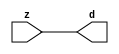

//------> ./rtl_mgc_ioport.v 
//------------------------------------------------------------------
//                M G C _ I O P O R T _ C O M P S
//------------------------------------------------------------------

//------------------------------------------------------------------
//                       M O D U L E S
//------------------------------------------------------------------

//------------------------------------------------------------------
//-- INPUT ENTITIES
//------------------------------------------------------------------

module mgc_in_wire (d, z);

  parameter integer rscid = 1;
  parameter integer width = 8;

  output [width-1:0] d;
  input  [width-1:0] z;

  wire   [width-1:0] d;

  assign d = z;

endmodule

//------------------------------------------------------------------

module mgc_in_wire_en (ld, d, lz, z);

  parameter integer rscid = 1;
  parameter integer width = 8;

  input              ld;
  output [width-1:0] d;
  output             lz;
  input  [width-1:0] z;

  wire   [width-1:0] d;
  wire               lz;

  assign d = z;
  assign lz = ld;

endmodule

//------------------------------------------------------------------

module mgc_in_wire_wait (ld, vd, d, lz, vz, z);

  parameter integer rscid = 1;
  parameter integer width = 8;

  input              ld;
  output             vd;
  output [width-1:0] d;
  output             lz;
  input              vz;
  input  [width-1:0] z;

  wire               vd;
  wire   [width-1:0] d;
  wire               lz;

  assign d = z;
  assign lz = ld;
  assign vd = vz;

endmodule
//------------------------------------------------------------------

module mgc_chan_in (ld, vd, d, lz, vz, z, size, req_size, sizez, sizelz);

  parameter integer rscid = 1;
  parameter integer width = 8;
  parameter integer sz_width = 8;

  input              ld;
  output             vd;
  output [width-1:0] d;
  output             lz;
  input              vz;
  input  [width-1:0] z;
  output [sz_width-1:0] size;
  input              req_size;
  input  [sz_width-1:0] sizez;
  output             sizelz;


  wire               vd;
  wire   [width-1:0] d;
  wire               lz;
  wire   [sz_width-1:0] size;
  wire               sizelz;

  assign d = z;
  assign lz = ld;
  assign vd = vz;
  assign size = sizez;
  assign sizelz = req_size;

endmodule


//------------------------------------------------------------------
//-- OUTPUT ENTITIES
//------------------------------------------------------------------

module mgc_out_stdreg (d, z);

  parameter integer rscid = 1;
  parameter integer width = 8;

  input    [width-1:0] d;
  output   [width-1:0] z;

  wire     [width-1:0] z;

  assign z = d;

endmodule

//------------------------------------------------------------------

module mgc_out_stdreg_en (ld, d, lz, z);

  parameter integer rscid = 1;
  parameter integer width = 8;

  input              ld;
  input  [width-1:0] d;
  output             lz;
  output [width-1:0] z;

  wire               lz;
  wire   [width-1:0] z;

  assign z = d;
  assign lz = ld;

endmodule

//------------------------------------------------------------------

module mgc_out_stdreg_wait (ld, vd, d, lz, vz, z);

  parameter integer rscid = 1;
  parameter integer width = 8;

  input              ld;
  output             vd;
  input  [width-1:0] d;
  output             lz;
  input              vz;
  output [width-1:0] z;

  wire               vd;
  wire               lz;
  wire   [width-1:0] z;

  assign z = d;
  assign lz = ld;
  assign vd = vz;

endmodule

//------------------------------------------------------------------

module mgc_out_prereg_en (ld, d, lz, z);

    parameter integer rscid = 1;
    parameter integer width = 8;

    input              ld;
    input  [width-1:0] d;
    output             lz;
    output [width-1:0] z;

    wire               lz;
    wire   [width-1:0] z;

    assign z = d;
    assign lz = ld;

endmodule

//------------------------------------------------------------------
//-- INOUT ENTITIES
//------------------------------------------------------------------

module mgc_inout_stdreg_en (ldin, din, ldout, dout, lzin, lzout, z);

    parameter integer rscid = 1;
    parameter integer width = 8;

    input              ldin;
    output [width-1:0] din;
    input              ldout;
    input  [width-1:0] dout;
    output             lzin;
    output             lzout;
    inout  [width-1:0] z;

    wire   [width-1:0] din;
    wire               lzin;
    wire               lzout;
    wire   [width-1:0] z;

    assign lzin = ldin;
    assign din = ldin ? z : {width{1'bz}};
    assign lzout = ldout;
    assign z = ldout ? dout : {width{1'bz}};

endmodule

//------------------------------------------------------------------
module hid_tribuf( I_SIG, ENABLE, O_SIG);
  parameter integer width = 8;

  input [width-1:0] I_SIG;
  input ENABLE;
  inout [width-1:0] O_SIG;

  assign O_SIG = (ENABLE) ? I_SIG : { width{1'bz}};

endmodule
//------------------------------------------------------------------

module mgc_inout_stdreg_wait (ldin, vdin, din, ldout, vdout, dout, lzin, vzin, lzout, vzout, z);

    parameter integer rscid = 1;
    parameter integer width = 8;

    input              ldin;
    output             vdin;
    output [width-1:0] din;
    input              ldout;
    output             vdout;
    input  [width-1:0] dout;
    output             lzin;
    input              vzin;
    output             lzout;
    input              vzout;
    inout  [width-1:0] z;

    wire               vdin;
    wire   [width-1:0] din;
    wire               vdout;
    wire               lzin;
    wire               lzout;
    wire   [width-1:0] z;
    wire   ldout_and_vzout;

    assign lzin = ldin;
    assign vdin = vzin;
    assign din = ldin ? z : {width{1'bz}};
    assign lzout = ldout;
    assign vdout = vzout ;
    assign ldout_and_vzout = ldout && vzout ;

    hid_tribuf #(width) tb( .I_SIG(dout),
                            .ENABLE(ldout_and_vzout),
                            .O_SIG(z) );

endmodule

//------------------------------------------------------------------

module mgc_inout_buf_wait (clk, en, arst, srst, ldin, vdin, din, ldout, vdout, dout, lzin, vzin, lzout, vzout, z);

    parameter integer rscid   = 0; // resource ID
    parameter integer width   = 8; // fifo width
    parameter         ph_clk  =  1'b1; // clock polarity 1=rising edge, 0=falling edge
    parameter         ph_en   =  1'b1; // clock enable polarity
    parameter         ph_arst =  1'b1; // async reset polarity
    parameter         ph_srst =  1'b1; // sync reset polarity

    input              clk;
    input              en;
    input              arst;
    input              srst;
    input              ldin;
    output             vdin;
    output [width-1:0] din;
    input              ldout;
    output             vdout;
    input  [width-1:0] dout;
    output             lzin;
    input              vzin;
    output             lzout;
    input              vzout;
    inout  [width-1:0] z;

    wire               lzout_buf;
    wire               vzout_buf;
    wire   [width-1:0] z_buf;
    wire               vdin;
    wire   [width-1:0] din;
    wire               vdout;
    wire               lzin;
    wire               lzout;
    wire   [width-1:0] z;

    assign lzin = ldin;
    assign vdin = vzin;
    assign din = ldin ? z : {width{1'bz}};
    assign lzout = lzout_buf & ~ldin;
    assign vzout_buf = vzout & ~ldin;
    hid_tribuf #(width) tb( .I_SIG(z_buf),
                            .ENABLE((lzout_buf && (!ldin) && vzout) ),
                            .O_SIG(z)  );

    mgc_out_buf_wait
    #(
        .rscid   (rscid),
        .width   (width),
        .ph_clk  (ph_clk),
        .ph_en   (ph_en),
        .ph_arst (ph_arst),
        .ph_srst (ph_srst)
    )
    BUFF
    (
        .clk     (clk),
        .en      (en),
        .arst    (arst),
        .srst    (srst),
        .ld      (ldout),
        .vd      (vdout),
        .d       (dout),
        .lz      (lzout_buf),
        .vz      (vzout_buf),
        .z       (z_buf)
    );


endmodule

module mgc_inout_fifo_wait (clk, en, arst, srst, ldin, vdin, din, ldout, vdout, dout, lzin, vzin, lzout, vzout, z);

    parameter integer rscid   = 0; // resource ID
    parameter integer width   = 8; // fifo width
    parameter integer fifo_sz = 8; // fifo depth
    parameter         ph_clk  = 1'b1;  // clock polarity 1=rising edge, 0=falling edge
    parameter         ph_en   = 1'b1;  // clock enable polarity
    parameter         ph_arst = 1'b1;  // async reset polarity
    parameter         ph_srst = 1'b1;  // sync reset polarity
    parameter integer ph_log2 = 3;     // log2(fifo_sz)
    parameter integer pwropt  = 0;     // pwropt

    input              clk;
    input              en;
    input              arst;
    input              srst;
    input              ldin;
    output             vdin;
    output [width-1:0] din;
    input              ldout;
    output             vdout;
    input  [width-1:0] dout;
    output             lzin;
    input              vzin;
    output             lzout;
    input              vzout;
    inout  [width-1:0] z;

    wire               lzout_buf;
    wire               vzout_buf;
    wire   [width-1:0] z_buf;
    wire               comb;
    wire               vdin;
    wire   [width-1:0] din;
    wire               vdout;
    wire               lzin;
    wire               lzout;
    wire   [width-1:0] z;

    assign lzin = ldin;
    assign vdin = vzin;
    assign din = ldin ? z : {width{1'bz}};
    assign lzout = lzout_buf & ~ldin;
    assign vzout_buf = vzout & ~ldin;
    assign comb = (lzout_buf && (!ldin) && vzout);

    hid_tribuf #(width) tb2( .I_SIG(z_buf), .ENABLE(comb), .O_SIG(z)  );

    mgc_out_fifo_wait
    #(
        .rscid   (rscid),
        .width   (width),
        .fifo_sz (fifo_sz),
        .ph_clk  (ph_clk),
        .ph_en   (ph_en),
        .ph_arst (ph_arst),
        .ph_srst (ph_srst),
        .ph_log2 (ph_log2),
        .pwropt  (pwropt)
    )
    FIFO
    (
        .clk   (clk),
        .en      (en),
        .arst    (arst),
        .srst    (srst),
        .ld      (ldout),
        .vd      (vdout),
        .d       (dout),
        .lz      (lzout_buf),
        .vz      (vzout_buf),
        .z       (z_buf)
    );

endmodule

//------------------------------------------------------------------
//-- I/O SYNCHRONIZATION ENTITIES
//------------------------------------------------------------------

module mgc_io_sync (ld, lz);

    input  ld;
    output lz;

    assign lz = ld;

endmodule

module mgc_bsync_rdy (rd, rz);

    parameter integer rscid   = 0; // resource ID
    parameter ready = 1;
    parameter valid = 0;

    input  rd;
    output rz;

    wire   rz;

    assign rz = rd;

endmodule

module mgc_bsync_vld (vd, vz);

    parameter integer rscid   = 0; // resource ID
    parameter ready = 0;
    parameter valid = 1;

    output vd;
    input  vz;

    wire   vd;

    assign vd = vz;

endmodule

module mgc_bsync_rv (rd, vd, rz, vz);

    parameter integer rscid   = 0; // resource ID
    parameter ready = 1;
    parameter valid = 1;

    input  rd;
    output vd;
    output rz;
    input  vz;

    wire   vd;
    wire   rz;

    assign rz = rd;
    assign vd = vz;

endmodule

//------------------------------------------------------------------

module mgc_sync (ldin, vdin, ldout, vdout);

  input  ldin;
  output vdin;
  input  ldout;
  output vdout;

  wire   vdin;
  wire   vdout;

  assign vdin = ldout;
  assign vdout = ldin;

endmodule

///////////////////////////////////////////////////////////////////////////////
// dummy function used to preserve funccalls for modulario
// it looks like a memory read to the caller
///////////////////////////////////////////////////////////////////////////////
module funccall_inout (d, ad, bd, z, az, bz);

  parameter integer ram_id = 1;
  parameter integer width = 8;
  parameter integer addr_width = 8;

  output [width-1:0]       d;
  input  [addr_width-1:0]  ad;
  input                    bd;
  input  [width-1:0]       z;
  output [addr_width-1:0]  az;
  output                   bz;

  wire   [width-1:0]       d;
  wire   [addr_width-1:0]  az;
  wire                     bz;

  assign d  = z;
  assign az = ad;
  assign bz = bd;

endmodule


///////////////////////////////////////////////////////////////////////////////
// inlinable modular io not otherwise found in mgc_ioport
///////////////////////////////////////////////////////////////////////////////

module modulario_en_in (vd, d, vz, z);

  parameter integer rscid = 1;
  parameter integer width = 8;

  output             vd;
  output [width-1:0] d;
  input              vz;
  input  [width-1:0] z;

  wire   [width-1:0] d;
  wire               vd;

  assign d = z;
  assign vd = vz;

endmodule

//------> ./rtl_mgc_ioport_v2001.v 
//------------------------------------------------------------------

module mgc_out_reg_pos (clk, en, arst, srst, ld, d, lz, z);

    parameter integer rscid   = 1;
    parameter integer width   = 8;
    parameter         ph_en   =  1'b1;
    parameter         ph_arst =  1'b1;
    parameter         ph_srst =  1'b1;

    input              clk;
    input              en;
    input              arst;
    input              srst;
    input              ld;
    input  [width-1:0] d;
    output             lz;
    output [width-1:0] z;

    reg                lz;
    reg    [width-1:0] z;

    generate
    if (ph_arst == 1'b0)
    begin: NEG_ARST
        always @(posedge clk or negedge arst)
        if (arst == 1'b0)
        begin: B1
            lz <= 1'b0;
            z  <= {width{1'b0}};
        end
        else if (srst == ph_srst)
        begin: B2
            lz <= 1'b0;
            z  <= {width{1'b0}};
        end
        else if (en == ph_en)
        begin: B3
            lz <= ld;
            z  <= (ld) ? d : z;
        end
    end
    else
    begin: POS_ARST
        always @(posedge clk or posedge arst)
        if (arst == 1'b1)
        begin: B1
            lz <= 1'b0;
            z  <= {width{1'b0}};
        end
        else if (srst == ph_srst)
        begin: B2
            lz <= 1'b0;
            z  <= {width{1'b0}};
        end
        else if (en == ph_en)
        begin: B3
            lz <= ld;
            z  <= (ld) ? d : z;
        end
    end
    endgenerate

endmodule

//------------------------------------------------------------------

module mgc_out_reg_neg (clk, en, arst, srst, ld, d, lz, z);

    parameter integer rscid   = 1;
    parameter integer width   = 8;
    parameter         ph_en   =  1'b1;
    parameter         ph_arst =  1'b1;
    parameter         ph_srst =  1'b1;

    input              clk;
    input              en;
    input              arst;
    input              srst;
    input              ld;
    input  [width-1:0] d;
    output             lz;
    output [width-1:0] z;

    reg                lz;
    reg    [width-1:0] z;

    generate
    if (ph_arst == 1'b0)
    begin: NEG_ARST
        always @(negedge clk or negedge arst)
        if (arst == 1'b0)
        begin: B1
            lz <= 1'b0;
            z  <= {width{1'b0}};
        end
        else if (srst == ph_srst)
        begin: B2
            lz <= 1'b0;
            z  <= {width{1'b0}};
        end
        else if (en == ph_en)
        begin: B3
            lz <= ld;
            z  <= (ld) ? d : z;
        end
    end
    else
    begin: POS_ARST
        always @(negedge clk or posedge arst)
        if (arst == 1'b1)
        begin: B1
            lz <= 1'b0;
            z  <= {width{1'b0}};
        end
        else if (srst == ph_srst)
        begin: B2
            lz <= 1'b0;
            z  <= {width{1'b0}};
        end
        else if (en == ph_en)
        begin: B3
            lz <= ld;
            z  <= (ld) ? d : z;
        end
    end
    endgenerate

endmodule

//------------------------------------------------------------------

module mgc_out_reg (clk, en, arst, srst, ld, d, lz, z); // Not Supported

    parameter integer rscid   = 1;
    parameter integer width   = 8;
    parameter         ph_clk  =  1'b1;
    parameter         ph_en   =  1'b1;
    parameter         ph_arst =  1'b1;
    parameter         ph_srst =  1'b1;

    input              clk;
    input              en;
    input              arst;
    input              srst;
    input              ld;
    input  [width-1:0] d;
    output             lz;
    output [width-1:0] z;


    generate
    if (ph_clk == 1'b0)
    begin: NEG_EDGE

        mgc_out_reg_neg
        #(
            .rscid   (rscid),
            .width   (width),
            .ph_en   (ph_en),
            .ph_arst (ph_arst),
            .ph_srst (ph_srst)
        )
        mgc_out_reg_neg_inst
        (
            .clk     (clk),
            .en      (en),
            .arst    (arst),
            .srst    (srst),
            .ld      (ld),
            .d       (d),
            .lz      (lz),
            .z       (z)
        );

    end
    else
    begin: POS_EDGE

        mgc_out_reg_pos
        #(
            .rscid   (rscid),
            .width   (width),
            .ph_en   (ph_en),
            .ph_arst (ph_arst),
            .ph_srst (ph_srst)
        )
        mgc_out_reg_pos_inst
        (
            .clk     (clk),
            .en      (en),
            .arst    (arst),
            .srst    (srst),
            .ld      (ld),
            .d       (d),
            .lz      (lz),
            .z       (z)
        );

    end
    endgenerate

endmodule




//------------------------------------------------------------------

module mgc_out_buf_wait (clk, en, arst, srst, ld, vd, d, vz, lz, z); // Not supported

    parameter integer rscid   = 1;
    parameter integer width   = 8;
    parameter         ph_clk  =  1'b1;
    parameter         ph_en   =  1'b1;
    parameter         ph_arst =  1'b1;
    parameter         ph_srst =  1'b1;

    input              clk;
    input              en;
    input              arst;
    input              srst;
    input              ld;
    output             vd;
    input  [width-1:0] d;
    output             lz;
    input              vz;
    output [width-1:0] z;

    wire               filled;
    wire               filled_next;
    wire   [width-1:0] abuf;
    wire               lbuf;


    assign filled_next = (filled & (~vz)) | (filled & ld) | (ld & (~vz));

    assign lbuf = ld & ~(filled ^ vz);

    assign vd = vz | ~filled;

    assign lz = ld | filled;

    assign z = (filled) ? abuf : d;

    wire dummy;
    wire dummy_bufreg_lz;

    // Output registers:
    mgc_out_reg
    #(
        .rscid   (rscid),
        .width   (1'b1),
        .ph_clk  (ph_clk),
        .ph_en   (ph_en),
        .ph_arst (ph_arst),
        .ph_srst (ph_srst)
    )
    STATREG
    (
        .clk     (clk),
        .en      (en),
        .arst    (arst),
        .srst    (srst),
        .ld      (filled_next),
        .d       (1'b0),       // input d is unused
        .lz      (filled),
        .z       (dummy)            // output z is unused
    );

    mgc_out_reg
    #(
        .rscid   (rscid),
        .width   (width),
        .ph_clk  (ph_clk),
        .ph_en   (ph_en),
        .ph_arst (ph_arst),
        .ph_srst (ph_srst)
    )
    BUFREG
    (
        .clk     (clk),
        .en      (en),
        .arst    (arst),
        .srst    (srst),
        .ld      (lbuf),
        .d       (d),
        .lz      (dummy_bufreg_lz),
        .z       (abuf)
    );

endmodule

//------------------------------------------------------------------

module mgc_out_fifo_wait (clk, en, arst, srst, ld, vd, d, lz, vz,  z);

    parameter integer rscid   = 0; // resource ID
    parameter integer width   = 8; // fifo width
    parameter integer fifo_sz = 8; // fifo depth
    parameter         ph_clk  = 1'b1; // clock polarity 1=rising edge, 0=falling edge
    parameter         ph_en   = 1'b1; // clock enable polarity
    parameter         ph_arst = 1'b1; // async reset polarity
    parameter         ph_srst = 1'b1; // sync reset polarity
    parameter integer ph_log2 = 3; // log2(fifo_sz)
    parameter integer pwropt  = 0; // pwropt


    input                 clk;
    input                 en;
    input                 arst;
    input                 srst;
    input                 ld;    // load data
    output                vd;    // fifo full active low
    input     [width-1:0] d;
    output                lz;    // fifo ready to send
    input                 vz;    // dest ready for data
    output    [width-1:0] z;

    wire    [31:0]      size;


      // Output registers:
 mgc_out_fifo_wait_core#(
        .rscid   (rscid),
        .width   (width),
        .sz_width (32),
        .fifo_sz (fifo_sz),
        .ph_clk  (ph_clk),
        .ph_en   (ph_en),
        .ph_arst (ph_arst),
        .ph_srst (ph_srst),
        .ph_log2 (ph_log2),
        .pwropt  (pwropt)
        ) CORE (
        .clk (clk),
        .en (en),
        .arst (arst),
        .srst (srst),
        .ld (ld),
        .vd (vd),
        .d (d),
        .lz (lz),
        .vz (vz),
        .z (z),
        .size (size)
        );

endmodule



module mgc_out_fifo_wait_core (clk, en, arst, srst, ld, vd, d, lz, vz,  z, size);

    parameter integer rscid   = 0; // resource ID
    parameter integer width   = 8; // fifo width
    parameter integer sz_width = 8; // size of port for elements in fifo
    parameter integer fifo_sz = 8; // fifo depth
    parameter         ph_clk  =  1'b1; // clock polarity 1=rising edge, 0=falling edge
    parameter         ph_en   =  1'b1; // clock enable polarity
    parameter         ph_arst =  1'b1; // async reset polarity
    parameter         ph_srst =  1'b1; // sync reset polarity
    parameter integer ph_log2 = 3; // log2(fifo_sz)
    parameter integer pwropt  = 0; // pwropt

   localparam integer  fifo_b = width * fifo_sz;

    input                 clk;
    input                 en;
    input                 arst;
    input                 srst;
    input                 ld;    // load data
    output                vd;    // fifo full active low
    input     [width-1:0] d;
    output                lz;    // fifo ready to send
    input                 vz;    // dest ready for data
    output    [width-1:0] z;
    output    [sz_width-1:0]      size;

    reg      [( (fifo_sz > 0) ? fifo_sz : 1)-1:0] stat_pre;
    wire     [( (fifo_sz > 0) ? fifo_sz : 1)-1:0] stat;
    reg      [( (fifo_b > 0) ? fifo_b : 1)-1:0] buff_pre;
    wire     [( (fifo_b > 0) ? fifo_b : 1)-1:0] buff;
    reg      [( (fifo_sz > 0) ? fifo_sz : 1)-1:0] en_l;
    reg      [(((fifo_sz > 0) ? fifo_sz : 1)-1)/8:0] en_l_s;

    reg       [width-1:0] buff_nxt;

    reg                   stat_nxt;
    reg                   stat_before;
    reg                   stat_after;
    reg                   en_l_var;

    integer               i;
    genvar                eni;

    wire [32:0]           size_t;
    reg [31:0]            count;
    reg [31:0]            count_t;
    reg [32:0]            n_elem;
// pragma translate_off
    reg [31:0]            peak;
// pragma translate_on

    wire [( (fifo_sz > 0) ? fifo_sz : 1)-1:0] dummy_statreg_lz;
    wire [( (fifo_b > 0) ? fifo_b : 1)-1:0] dummy_bufreg_lz;

    generate
    if ( fifo_sz > 0 )
    begin: FIFO_REG
      assign vd = vz | ~stat[0];
      assign lz = ld | stat[fifo_sz-1];
      assign size_t = (count - (vz && stat[fifo_sz-1])) + ld;
      assign size = size_t[sz_width-1:0];
      assign z = (stat[fifo_sz-1]) ? buff[fifo_b-1:width*(fifo_sz-1)] : d;

      always @(*)
      begin: FIFOPROC
        n_elem = 33'b0;
        for (i = fifo_sz-1; i >= 0; i = i - 1)
        begin
          if (i != 0)
            stat_before = stat[i-1];
          else
            stat_before = 1'b0;

          if (i != (fifo_sz-1))
            stat_after = stat[i+1];
          else
            stat_after = 1'b1;

          stat_nxt = stat_after &
                    (stat_before | (stat[i] & (~vz)) | (stat[i] & ld) | (ld & (~vz)));

          stat_pre[i] = stat_nxt;
          en_l_var = 1'b1;
          if (!stat_nxt)
            begin
              buff_nxt = {width{1'b0}};
              en_l_var = 1'b0;
            end
          else if (vz && stat_before)
            buff_nxt[0+:width] = buff[width*(i-1)+:width];
          else if (ld && !((vz && stat_before) || ((!vz) && stat[i])))
            buff_nxt = d;
          else
            begin
              if (pwropt == 0)
                buff_nxt[0+:width] = buff[width*i+:width];
              else
                buff_nxt = {width{1'b0}};
              en_l_var = 1'b0;
            end

          if (ph_en != 0)
            en_l[i] = en & en_l_var;
          else
            en_l[i] = en | ~en_l_var;

          buff_pre[width*i+:width] = buff_nxt[0+:width];

          if ((stat_after == 1'b1) && (stat[i] == 1'b0))
            n_elem = ($unsigned(fifo_sz) - 1) - i;
        end

        if (ph_en != 0)
          en_l_s[(((fifo_sz > 0) ? fifo_sz : 1)-1)/8] = 1'b1;
        else
          en_l_s[(((fifo_sz > 0) ? fifo_sz : 1)-1)/8] = 1'b0;

        for (i = fifo_sz-1; i >= 7; i = i - 1)
        begin
          if ((i%'d2) == 0)
          begin
            if (ph_en != 0)
              en_l_s[(i/8)-1] = en & (stat[i]|stat_pre[i-1]);
            else
              en_l_s[(i/8)-1] = en | ~(stat[i]|stat_pre[i-1]);
          end
        end

        if ( stat[fifo_sz-1] == 1'b0 )
          count_t = 32'b0;
        else if ( stat[0] == 1'b1 )
          count_t = { {(32-ph_log2){1'b0}}, fifo_sz};
        else
          count_t = n_elem[31:0];
        count = count_t;
// pragma translate_off
        if ( peak < count )
          peak = count;
// pragma translate_on
      end

      if (pwropt == 0)
      begin: NOCGFIFO
        // Output registers:
        mgc_out_reg
        #(
            .rscid   (rscid),
            .width   (fifo_sz),
            .ph_clk  (ph_clk),
            .ph_en   (ph_en),
            .ph_arst (ph_arst),
            .ph_srst (ph_srst)
        )
        STATREG
        (
            .clk     (clk),
            .en      (en),
            .arst    (arst),
            .srst    (srst),
            .ld      (1'b1),
            .d       (stat_pre),
            .lz      (dummy_statreg_lz[0]),
            .z       (stat)
        );
        mgc_out_reg
        #(
            .rscid   (rscid),
            .width   (fifo_b),
            .ph_clk  (ph_clk),
            .ph_en   (ph_en),
            .ph_arst (ph_arst),
            .ph_srst (ph_srst)
        )
        BUFREG
        (
            .clk     (clk),
            .en      (en),
            .arst    (arst),
            .srst    (srst),
            .ld      (1'b1),
            .d       (buff_pre),
            .lz      (dummy_bufreg_lz[0]),
            .z       (buff)
        );
      end
      else
      begin: CGFIFO
        // Output registers:
        if ( pwropt > 1)
        begin: CGSTATFIFO2
          for (eni = fifo_sz-1; eni >= 0; eni = eni - 1)
          begin: pwroptGEN1
            mgc_out_reg
            #(
              .rscid   (rscid),
              .width   (1),
              .ph_clk  (ph_clk),
              .ph_en   (ph_en),
              .ph_arst (ph_arst),
              .ph_srst (ph_srst)
            )
            STATREG
            (
              .clk     (clk),
              .en      (en_l_s[eni/8]),
              .arst    (arst),
              .srst    (srst),
              .ld      (1'b1),
              .d       (stat_pre[eni]),
              .lz      (dummy_statreg_lz[eni]),
              .z       (stat[eni])
            );
          end
        end
        else
        begin: CGSTATFIFO
          mgc_out_reg
          #(
            .rscid   (rscid),
            .width   (fifo_sz),
            .ph_clk  (ph_clk),
            .ph_en   (ph_en),
            .ph_arst (ph_arst),
            .ph_srst (ph_srst)
          )
          STATREG
          (
            .clk     (clk),
            .en      (en),
            .arst    (arst),
            .srst    (srst),
            .ld      (1'b1),
            .d       (stat_pre),
            .lz      (dummy_statreg_lz[0]),
            .z       (stat)
          );
        end
        for (eni = fifo_sz-1; eni >= 0; eni = eni - 1)
        begin: pwroptGEN2
          mgc_out_reg
          #(
            .rscid   (rscid),
            .width   (width),
            .ph_clk  (ph_clk),
            .ph_en   (ph_en),
            .ph_arst (ph_arst),
            .ph_srst (ph_srst)
          )
          BUFREG
          (
            .clk     (clk),
            .en      (en_l[eni]),
            .arst    (arst),
            .srst    (srst),
            .ld      (1'b1),
            .d       (buff_pre[width*eni+:width]),
            .lz      (dummy_bufreg_lz[eni]),
            .z       (buff[width*eni+:width])
          );
        end
      end
    end
    else
    begin: FEED_THRU
      assign vd = vz;
      assign lz = ld;
      assign z = d;
      assign size = ld && !vz;
    end
    endgenerate

endmodule

//------------------------------------------------------------------
//-- PIPE ENTITIES
//------------------------------------------------------------------
/*
 *
 *             _______________________________________________
 * WRITER    |                                               |          READER
 *           |           MGC_PIPE                            |
 *           |           __________________________          |
 *        --<| vdout  --<| vd ---------------  vz<|-----ldin<|---
 *           |           |      FIFO              |          |
 *        ---|>ldout  ---|>ld ---------------- lz |> ---vdin |>--
 *        ---|>dout -----|>d  ---------------- dz |> ----din |>--
 *           |           |________________________|          |
 *           |_______________________________________________|
 */
// two clock pipe
module mgc_pipe (clk, en, arst, srst, ldin, vdin, din, ldout, vdout, dout, size, req_size);

    parameter integer rscid   = 0; // resource ID
    parameter integer width   = 8; // fifo width
    parameter integer sz_width = 8; // width of size of elements in fifo
    parameter integer fifo_sz = 8; // fifo depth
    parameter integer log2_sz = 3; // log2(fifo_sz)
    parameter         ph_clk  = 1'b1;  // clock polarity 1=rising edge, 0=falling edge
    parameter         ph_en   = 1'b1;  // clock enable polarity
    parameter         ph_arst = 1'b1;  // async reset polarity
    parameter         ph_srst = 1'b1;  // sync reset polarity
    parameter integer pwropt  = 0; // pwropt

    input              clk;
    input              en;
    input              arst;
    input              srst;
    input              ldin;
    output             vdin;
    output [width-1:0] din;
    input              ldout;
    output             vdout;
    input  [width-1:0] dout;
    output [sz_width-1:0]      size;
    input              req_size;


    mgc_out_fifo_wait_core
    #(
        .rscid    (rscid),
        .width    (width),
        .sz_width (sz_width),
        .fifo_sz  (fifo_sz),
        .ph_clk   (ph_clk),
        .ph_en    (ph_en),
        .ph_arst  (ph_arst),
        .ph_srst  (ph_srst),
        .ph_log2  (log2_sz),
        .pwropt   (pwropt)
    )
    FIFO
    (
        .clk     (clk),
        .en      (en),
        .arst    (arst),
        .srst    (srst),
        .ld      (ldout),
        .vd      (vdout),
        .d       (dout),
        .lz      (vdin),
        .vz      (ldin),
        .z       (din),
        .size    (size)
    );

endmodule


//------> ./rtl.v 
// ----------------------------------------------------------------------
//  HLS HDL:        Verilog Netlister
//  HLS Version:    2011a.126 Production Release
//  HLS Date:       Wed Aug  8 00:52:07 PDT 2012
// 
//  Generated by:   jb914@EEWS104A-021
//  Generated date: Fri May 08 16:28:08 2015
// ----------------------------------------------------------------------

// 
// ------------------------------------------------------------------
//  Design Unit:    static_anaglyph_core
// ------------------------------------------------------------------


module static_anaglyph_core (
  clk, en, arst_n, video_in_rsc_mgc_in_wire_d, video_out_rsc_mgc_out_stdreg_d
);
  input clk;
  input en;
  input arst_n;
  input [59:0] video_in_rsc_mgc_in_wire_d;
  output [29:0] video_out_rsc_mgc_out_stdreg_d;


  // Interconnect Declarations
  reg [9:0] reg_video_out_rsc_mgc_out_stdreg_d_tmp;
  reg [19:0] reg_video_out_rsc_mgc_out_stdreg_d_tmp_1;


  // Interconnect Declarations for Component Instantiations 
  assign video_out_rsc_mgc_out_stdreg_d = {reg_video_out_rsc_mgc_out_stdreg_d_tmp
      , reg_video_out_rsc_mgc_out_stdreg_d_tmp_1};
  always @(posedge clk or negedge arst_n) begin
    if ( ~ arst_n ) begin
      reg_video_out_rsc_mgc_out_stdreg_d_tmp <= 10'b0;
      reg_video_out_rsc_mgc_out_stdreg_d_tmp_1 <= 20'b0;
    end
    else begin
      if ( en ) begin
        reg_video_out_rsc_mgc_out_stdreg_d_tmp <= video_in_rsc_mgc_in_wire_d[29:20];
        reg_video_out_rsc_mgc_out_stdreg_d_tmp_1 <= video_in_rsc_mgc_in_wire_d[49:30];
      end
    end
  end
endmodule

// ------------------------------------------------------------------
//  Design Unit:    static_anaglyph
//  Generated from file(s):
//    3) $PROJECT_HOME/blur.c
// ------------------------------------------------------------------


module static_anaglyph (
  video_in_rsc_z, video_out_rsc_z, clk, en, arst_n
);
  input [59:0] video_in_rsc_z;
  output [29:0] video_out_rsc_z;
  input clk;
  input en;
  input arst_n;


  // Interconnect Declarations
  wire [59:0] video_in_rsc_mgc_in_wire_d;
  wire [29:0] video_out_rsc_mgc_out_stdreg_d;


  // Interconnect Declarations for Component Instantiations 
  mgc_in_wire #(.rscid(2),
  .width(60)) video_in_rsc_mgc_in_wire (
      .d(video_in_rsc_mgc_in_wire_d),
      .z(video_in_rsc_z)
    );
  mgc_out_stdreg #(.rscid(3),
  .width(30)) video_out_rsc_mgc_out_stdreg (
      .d(video_out_rsc_mgc_out_stdreg_d),
      .z(video_out_rsc_z)
    );
  static_anaglyph_core static_anaglyph_core_inst (
      .clk(clk),
      .en(en),
      .arst_n(arst_n),
      .video_in_rsc_mgc_in_wire_d(video_in_rsc_mgc_in_wire_d),
      .video_out_rsc_mgc_out_stdreg_d(video_out_rsc_mgc_out_stdreg_d)
    );
endmodule